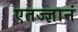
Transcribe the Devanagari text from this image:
एतज्ज्ञानं